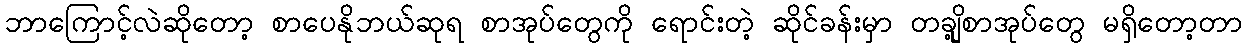
ဘာကြောင့်လဲဆိုတော့ စာပေနိုဘယ်ဆုရ စာအုပ်တွေကို ရောင်းတဲ့ ဆိုင်ခန်းမှာ တချို့စာအုပ်တွေ မရှိတော့တာ